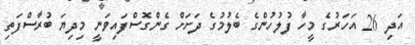
އަދި 26 އަހަރުގެ މީހާ ފުލުހުންގެ ބެލުމުގެ ދަށަށް ގެންގޮސްފައިވަނީ މިދިޔަ ބުރާސްފަތި